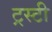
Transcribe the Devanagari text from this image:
ट्रस्‍टी